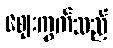
ဈေးကွက်သည်